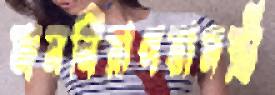
জননিরাপত্তামন্ত্রী